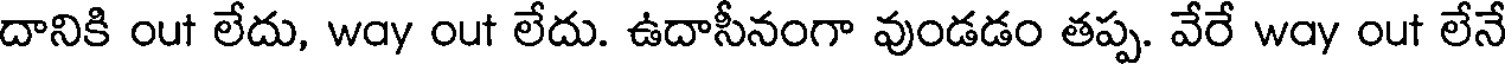
దానికి out లేదు, way out లేదు. ఉదాసీనంగా వుండడం తప్ప. వేరే way out లేనే